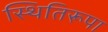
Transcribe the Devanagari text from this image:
स्थितिरूपा